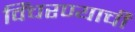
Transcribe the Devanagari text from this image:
विंचरण्याची